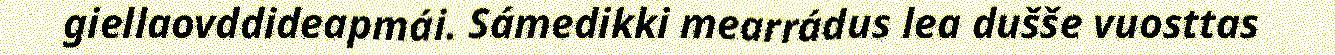
giellaovddideapmái. Sámedikki mearrádus lea dušše vuosttas